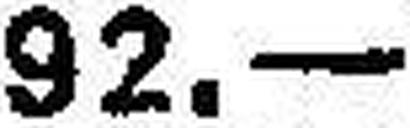
92.—